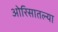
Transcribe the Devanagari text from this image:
ओरिसातल्या